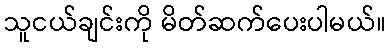
သူငယ်ချင်းကို မိတ်ဆက်ပေးပါမယ်။